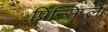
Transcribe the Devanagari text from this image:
प्रिन्सिप्ले